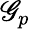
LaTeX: \mathscr{G}_{p}